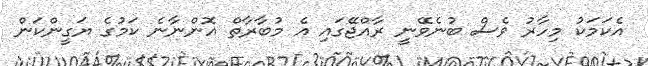
އެކަމަކު މިހާރު ވެސް ބުނެވޭނީ ރާއްޖޭގައި އެ މުބާރާތް އޮންނާނެ ކަމުގެ ޔަގީންކަން